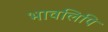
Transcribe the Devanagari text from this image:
भावलिपि